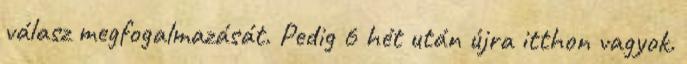
válasz megfogalmazását. Pedig 6 hét után újra itthon vagyok.